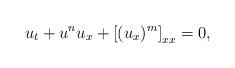
LaTeX: \begin{align*}u_t + u^{n}u_x + \left[(u_x)^{m}\right]_{xx} = 0,\end{align*}